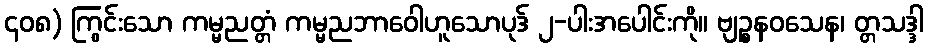
၄၀၈) ကြွင်းသော ကမ္မညတ္တံ ကမ္မညဘာဝေါဟူသောပုဒ် ၂-ပါးအပေါင်းကို။ ဗျဉ္စနဝသေန၊ တ္တသဒ္ဒါ